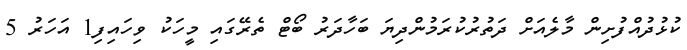
ކުޅުދުއްފުށިން މާލެއަށް ދަތުރުކުރަމުންދިޔަ ބަހާދަރު ބޯޓް ތެރޭގައި މީހަކު ވިހައިފި1 އަހަރު 5